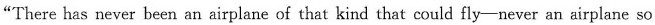
"There has never been an airplane of that kind that could fly-never an airplane so